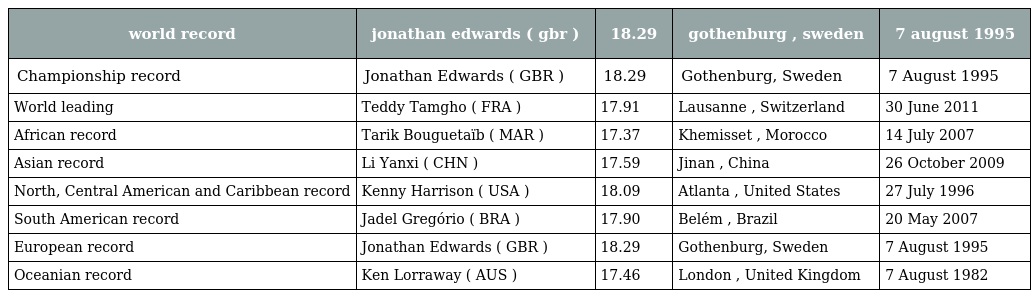
| world record | jonathan edwards ( gbr ) | 18.29 | gothenburg , sweden | 7 august 1995 |
 | --- | --- | --- | --- | --- |
 | Championship record | Jonathan Edwards ( GBR ) | 18.29 | Gothenburg, Sweden | 7 August 1995 |
 | World leading | Teddy Tamgho ( FRA ) | 17.91 | Lausanne , Switzerland | 30 June 2011 |
 | African record | Tarik Bouguetaïb ( MAR ) | 17.37 | Khemisset , Morocco | 14 July 2007 |
 | Asian record | Li Yanxi ( CHN ) | 17.59 | Jinan , China | 26 October 2009 |
 | North, Central American and Caribbean record | Kenny Harrison ( USA ) | 18.09 | Atlanta , United States | 27 July 1996 |
 | South American record | Jadel Gregório ( BRA ) | 17.90 | Belém , Brazil | 20 May 2007 |
 | European record | Jonathan Edwards ( GBR ) | 18.29 | Gothenburg, Sweden | 7 August 1995 |
 | Oceanian record | Ken Lorraway ( AUS ) | 17.46 | London , United Kingdom | 7 August 1982 |